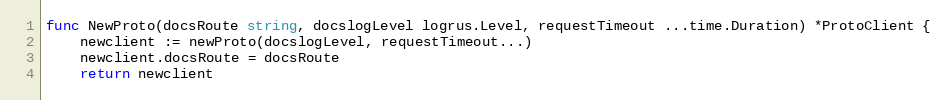
Language: Go
func NewProto(docsRoute string, docslogLevel logrus.Level, requestTimeout ...time.Duration) *ProtoClient {
	newclient := newProto(docslogLevel, requestTimeout...)
	newclient.docsRoute = docsRoute
	return newclient